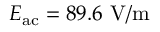
E _ { \mathrm { a c } } = 8 9 . 6 ~ \mathrm { V / m }